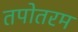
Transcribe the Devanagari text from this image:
तपोतरम